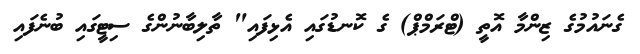
ގެނައުމުގެ ޒިންމާ އޮތީ (ޓްރަމްޕް) ގެ ކޮނޑުގައި އެޅިފައި" ތާލިބާނުންގެ ސިޓީގައި ބުނެފައި